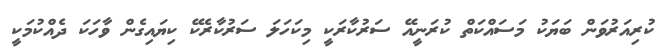
ކުރިއަރުވަން ބަޔަކު މަސައްކަތް ކުރަނީއޭ ސަރުކާރަކީ މިކަހަލަ ސަރުކާރެކޭ ކިޔައިގެން ވާހަކަ ދެއްކުމަކީ